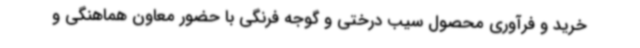
خرید و فرآوری محصول سیب درختی و گوجه فرنگی با حضور معاون هماهنگی و